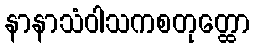
နာနာသံဝါသကစတုတ္ထော